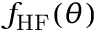
f _ { \mathrm { H F } } ( \boldsymbol { \theta } )